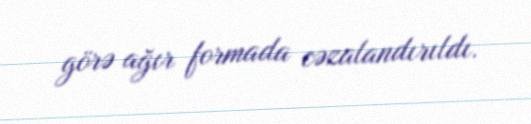
görə ağır formada cəzalandırıldı.